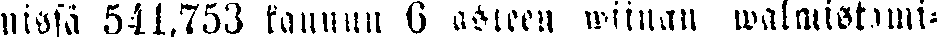
nissä 541,753 kannun 6 asteen wiinan walmistami-